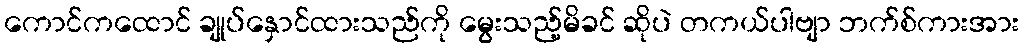
ကောင်ကထောင် ချုပ်နှောင်ထားသည်ကို မွေးသည့်မိခင် ဆိုပဲ တကယ်ပါဗျာ ဘက်စ်ကားအား